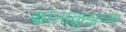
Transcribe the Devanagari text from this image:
सांताक्रुझच्या